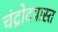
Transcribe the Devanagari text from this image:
चंद्रोदयास्त